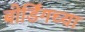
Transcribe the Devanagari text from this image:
बोर्डिंगच्या